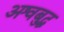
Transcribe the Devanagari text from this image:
अश्वबुद्ध